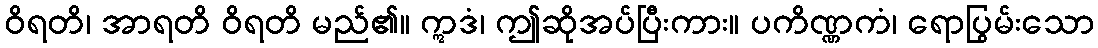
ဝိရတိ၊ အာရတိ ဝိရတိ မည်၏။ ဣဒံ၊ ဤဆိုအပ်ပြီးကား။ ပကိဏ္ဏကံ၊ ရောပြွမ်းသော